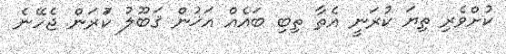
ކުށްވެރި ތިޔަ ކުރަނީ އެތާ ތިބި ބައެއް އަޚުން ޤަބޫލު ކުަރަން ޖެހޭނެ